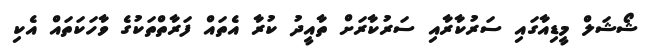
ޝޯޝަލް މީޑިއާގައި ސަރުކާރާއި ސަރުކާރަށް ތާއީދު ކުރާ އެތައް ފަރާތްތަކުގެ ވާހަކަތައް އެކި